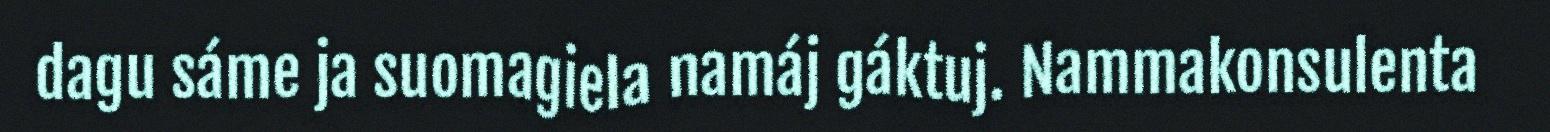
dagu sáme ja suomagiela namáj gáktuj. Nammakonsulenta